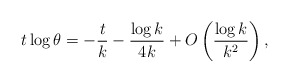
\begin{align*}t\log \theta =-\frac{t}{k}-\frac{\log k}{4k}+O\left( \frac{\log k}{k^2}\right),\end{align*}